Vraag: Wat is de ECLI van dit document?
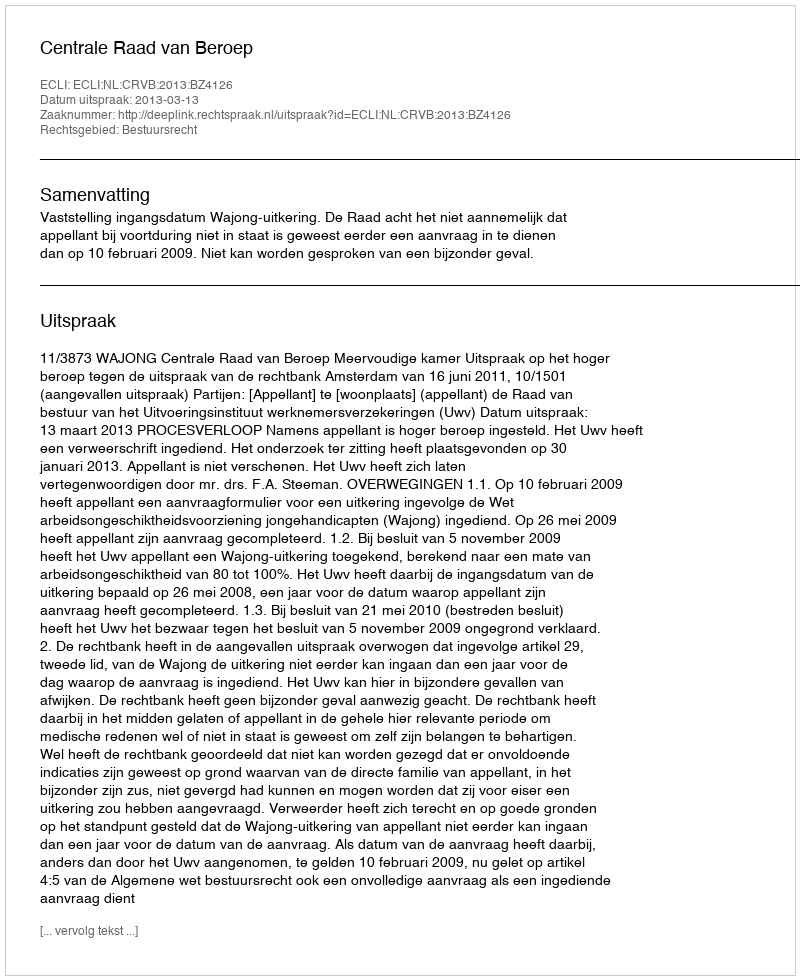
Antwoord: ECLI:NL:CRVB:2013:BZ4126